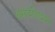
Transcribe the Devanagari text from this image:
असोशीएशन